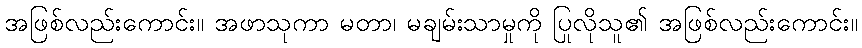
အဖြစ်လည်းကောင်း။ အဖာသုကာ မတာ၊ မချမ်းသာမှုကို ပြုလိုသူ၏ အဖြစ်လည်းကောင်း။